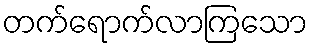
တက်ရောက်လာကြသော